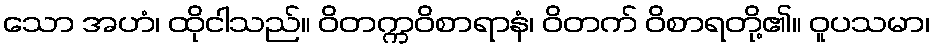
သော အဟံ၊ ထိုငါသည်။ ဝိတက္ကဝိစာရာနံ၊ ဝိတက် ဝိစာရတို့၏။ ဝူပသမာ၊